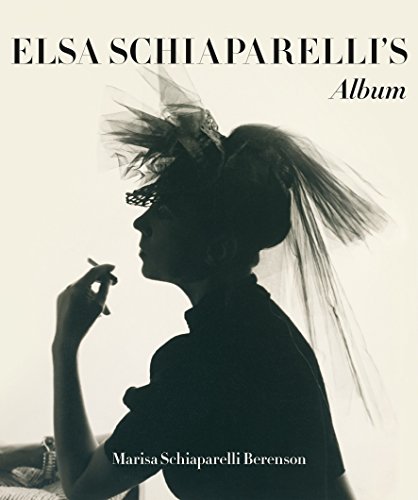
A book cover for Elsa Schiaparelli's Private Album; Marisa Berenson; Arts & Photography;